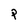
Character: P